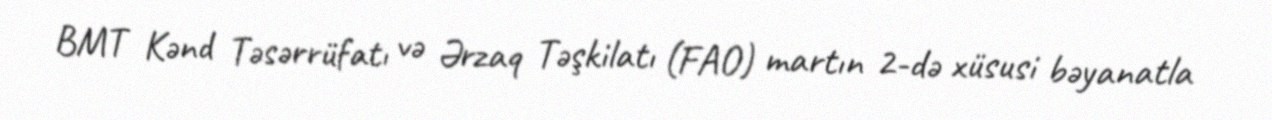
BMT Kənd Təsərrüfatı və Ərzaq Təşkilatı (FAO) martın 2-də xüsusi bəyanatla